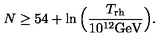
N \geq 5 4 + \ln \Big ( { \frac { T _ { \mathrm { r h } } } { 1 0 ^ { 1 2 } \mathrm { G e V } } } \Big ) .